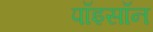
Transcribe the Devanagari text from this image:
पॉइसॉन